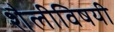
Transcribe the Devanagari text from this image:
शैलीविषयी